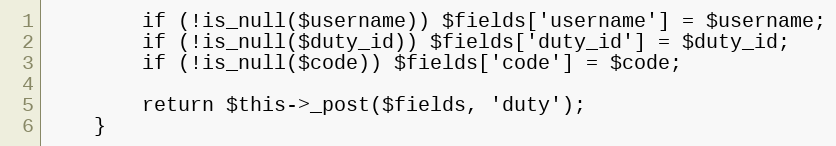
Language: PHP
        if (!is_null($username)) $fields['username'] = $username;
        if (!is_null($duty_id)) $fields['duty_id'] = $duty_id;
        if (!is_null($code)) $fields['code'] = $code;

        return $this->_post($fields, 'duty');
    }